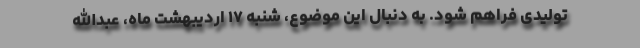
تولیدی فراهم شود. به دنبال این موضوع، شنبه ۱۷ اردیبهشت ماه، عبدالله